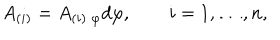
A _ { ( i ) } = A _ { ( i ) \; \varphi } d \varphi , \qquad i = 1 , \dots , n ,